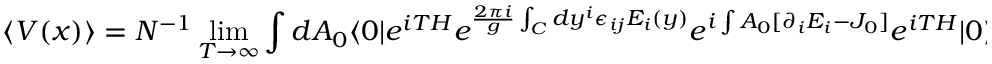
\langle V ( x ) \rangle = N ^ { - 1 } \operatorname * { l i m } _ { T \rightarrow \infty } \int d A _ { 0 } \langle 0 | e ^ { i T H } e ^ { { \frac { 2 \pi i } { g } } \int _ { C } d y ^ { i } \epsilon _ { i j } E _ { i } ( y ) } e ^ { i \int A _ { 0 } [ \partial _ { i } E _ { i } - J _ { 0 } ] } e ^ { i T H } | 0 \rangle \, .